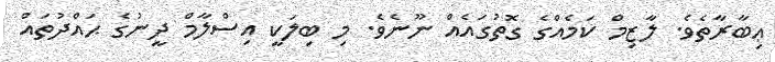
ޢިބާރާތެވެ. ލާޒިމް ކަމެއްގެ ގޮތުގައެއް ނޫނެވެ. މި ބިލަކީ އިސްލާމް ދީނުގެ ޙައްދުތައް